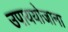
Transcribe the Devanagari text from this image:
उपाययोजाना